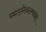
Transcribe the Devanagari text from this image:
यथापूर्वमकल्पयत्